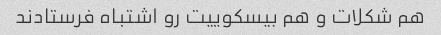
هم شکلات و هم بیسکوییت رو اشتباه فرستادند